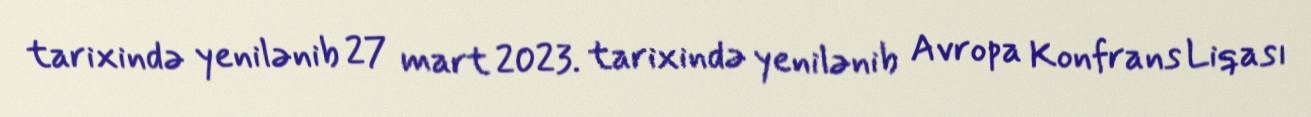
tarixində yenilənib 27 mart 2023. tarixində yenilənib Avropa Konfrans Liqası